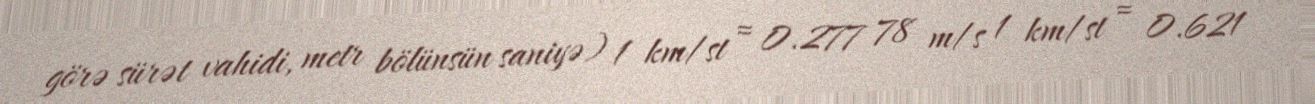
görə sürət vahidi, metr bölünsün saniyə) 1 km/st ≈ 0.277 78 m/s 1 km/st ≈ 0.621